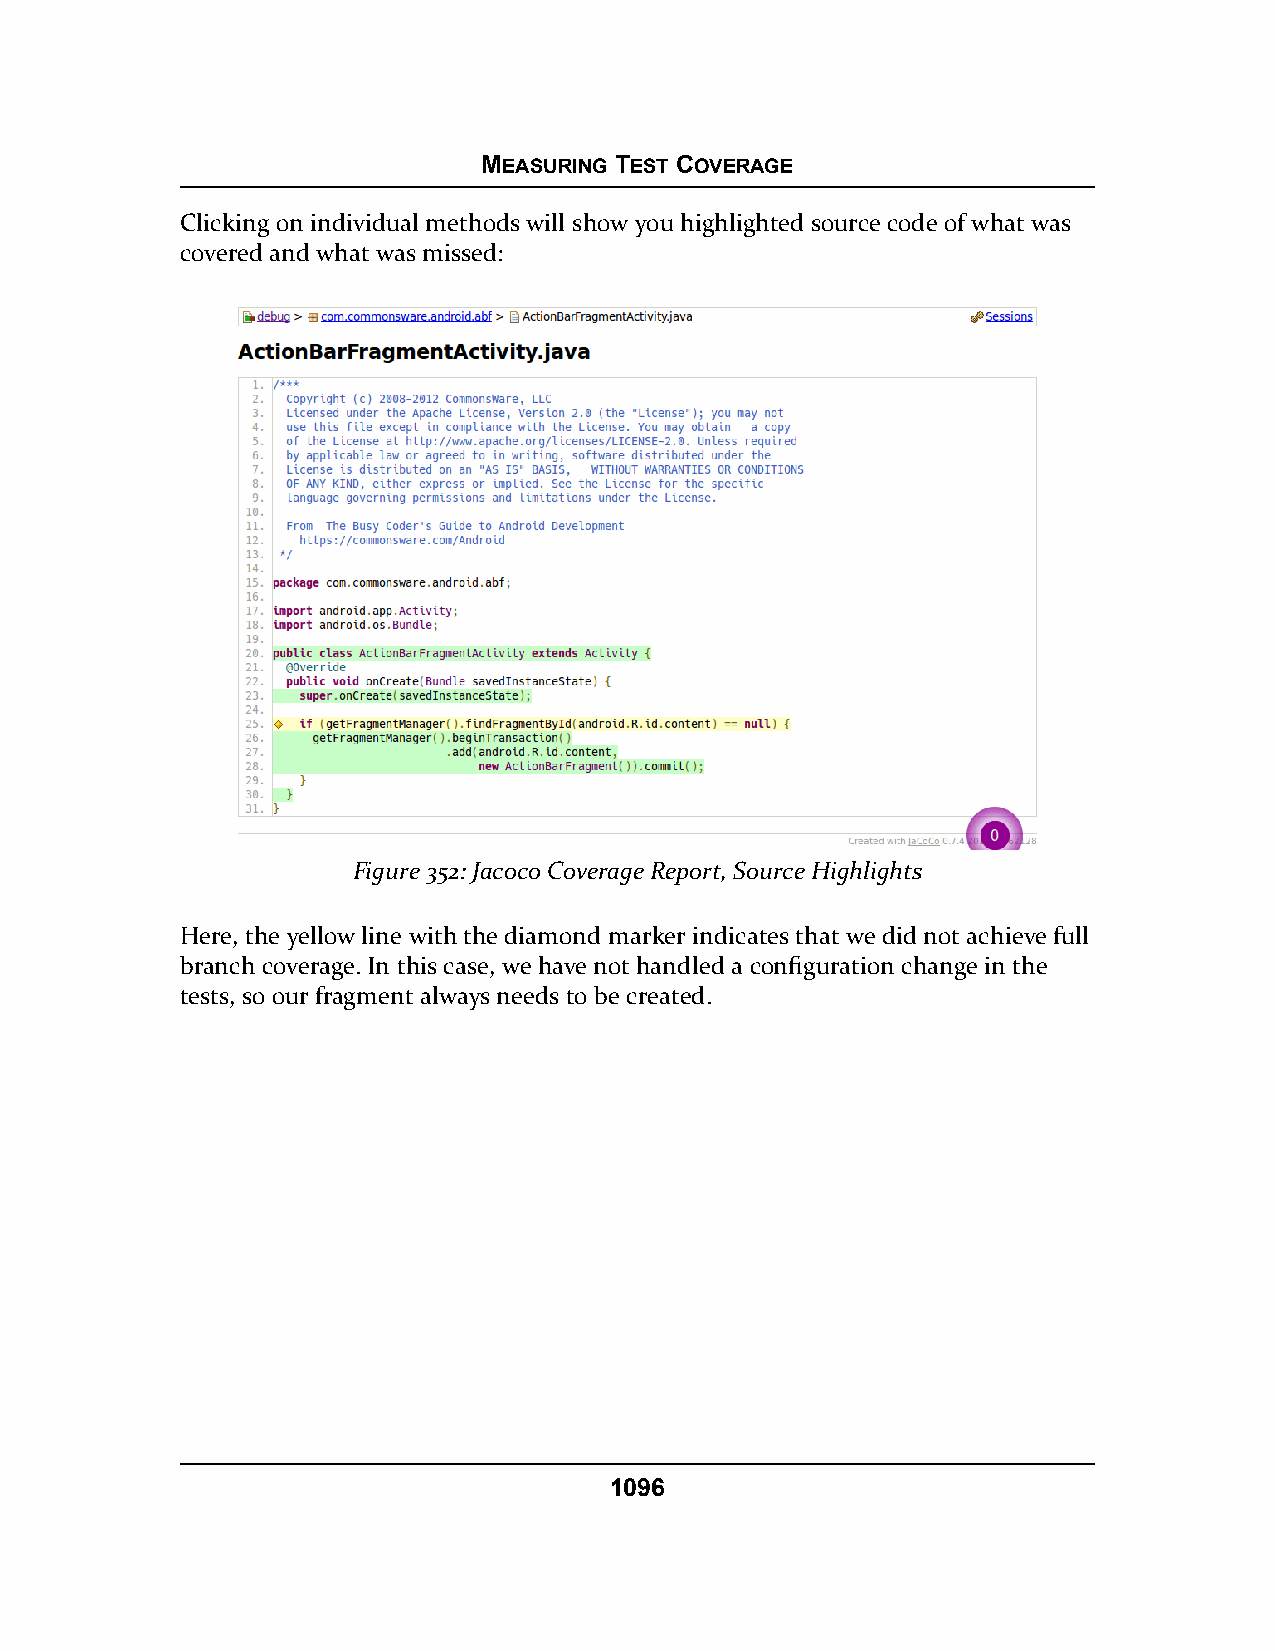
MEASURING TEST COVERAGE
 Clicking on individual methods will show you highlighted source code of what was
 covered and what was missed:
 Figure 352: Jacoco Coverage Report, Source Highlights
 Here, the yellow line with the diamond marker indicates that we did not achieve full
 branch coverage. In this case, we have not handled a configuration change in the
 tests, so our fragment always needs to be created.
 1096